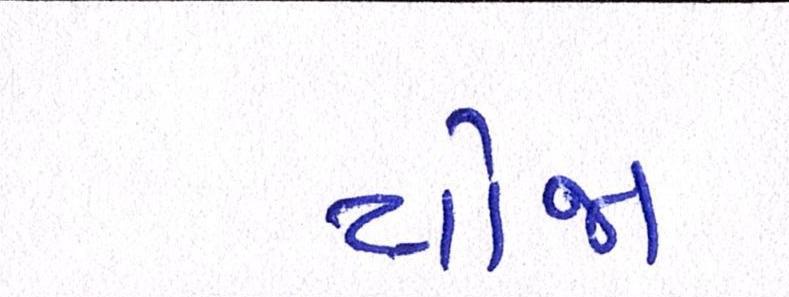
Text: યોજા